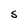
Character: S